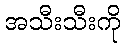
အသီးသီးကို